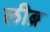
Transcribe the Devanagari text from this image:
लीब्र